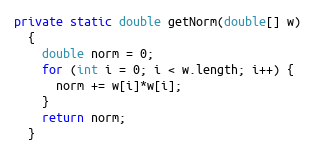
Language: Java
private static double getNorm(double[] w)
  {
    double norm = 0;
    for (int i = 0; i < w.length; i++) {
      norm += w[i]*w[i];
    }
    return norm;
  }